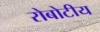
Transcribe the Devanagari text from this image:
रोबोटीय